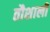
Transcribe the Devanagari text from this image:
तौशाली